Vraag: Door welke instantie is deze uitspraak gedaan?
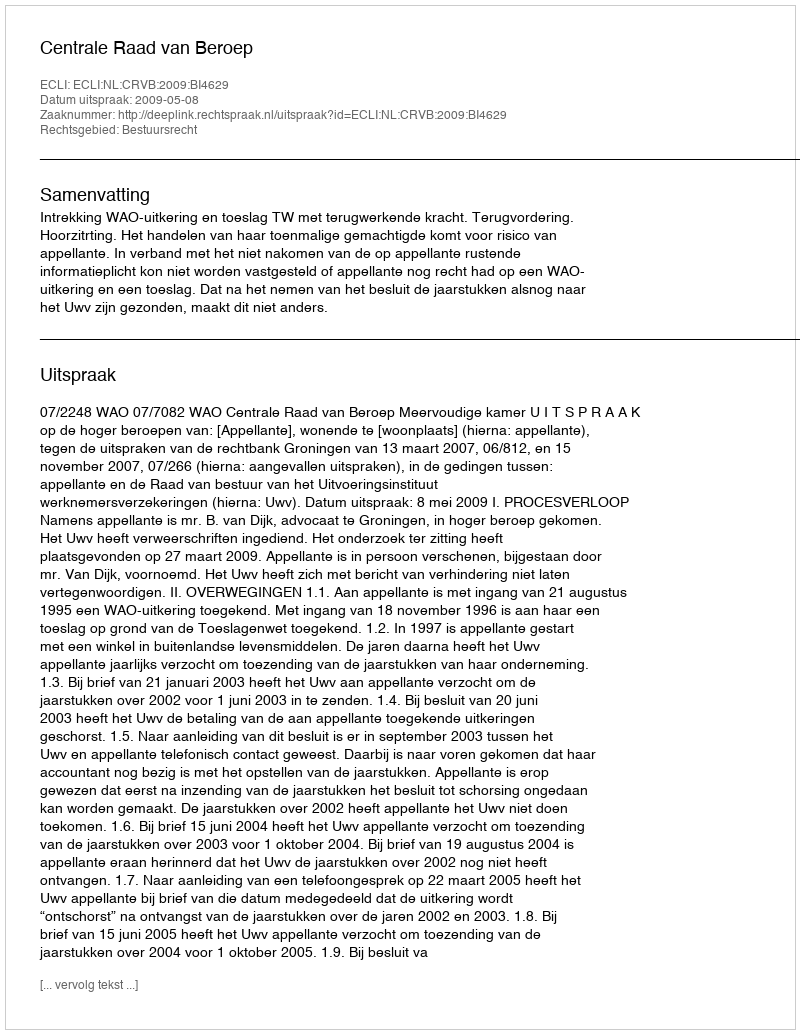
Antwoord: Centrale Raad van Beroep